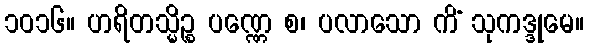
၁၀၁၆။ ဟရိတသ္မိဉ္စ ပဏ္ဏေ စ၊ ပလာသော ကိံ သုကဒ္ဒုမေ။